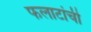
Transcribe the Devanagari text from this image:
फलाटांची